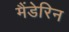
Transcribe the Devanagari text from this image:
मैंडेरिन